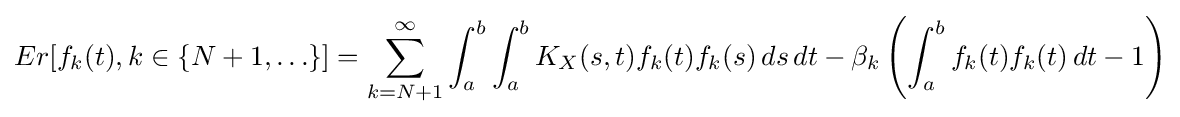
Er[f_{k}(t),k\in \{N+1,\ldots \}]=\sum _{k=N+1}^{\infty }\int _{a}^{b}\int _{a}^{b}K_{X}(s,t)f_{k}(t)f_{k}(s)\,ds\,dt-\beta _{k}\left(\int _{a}^{b}f_{k}(t)f_{k}(t)\,dt-1\right)